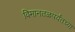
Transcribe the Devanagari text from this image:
विमानतळपर्यंतच्या